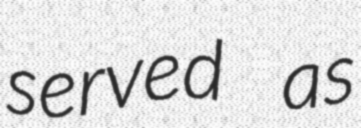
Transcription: served as